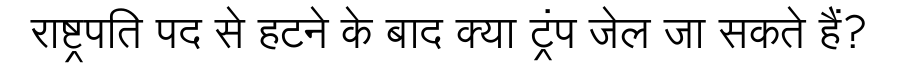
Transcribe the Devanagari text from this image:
राष्ट्रपति पद से हटने के बाद क्या ट्रंप जेल जा सकते हैं?